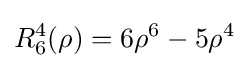
R_{6}^{4}(\rho )=6\rho ^{6}-5\rho ^{4}